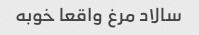
سالاد مرغ واقعا خوبه